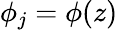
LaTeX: \phi_{j}=\phi(z)